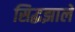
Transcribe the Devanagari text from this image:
सिद्धझाले